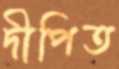
দীপিত